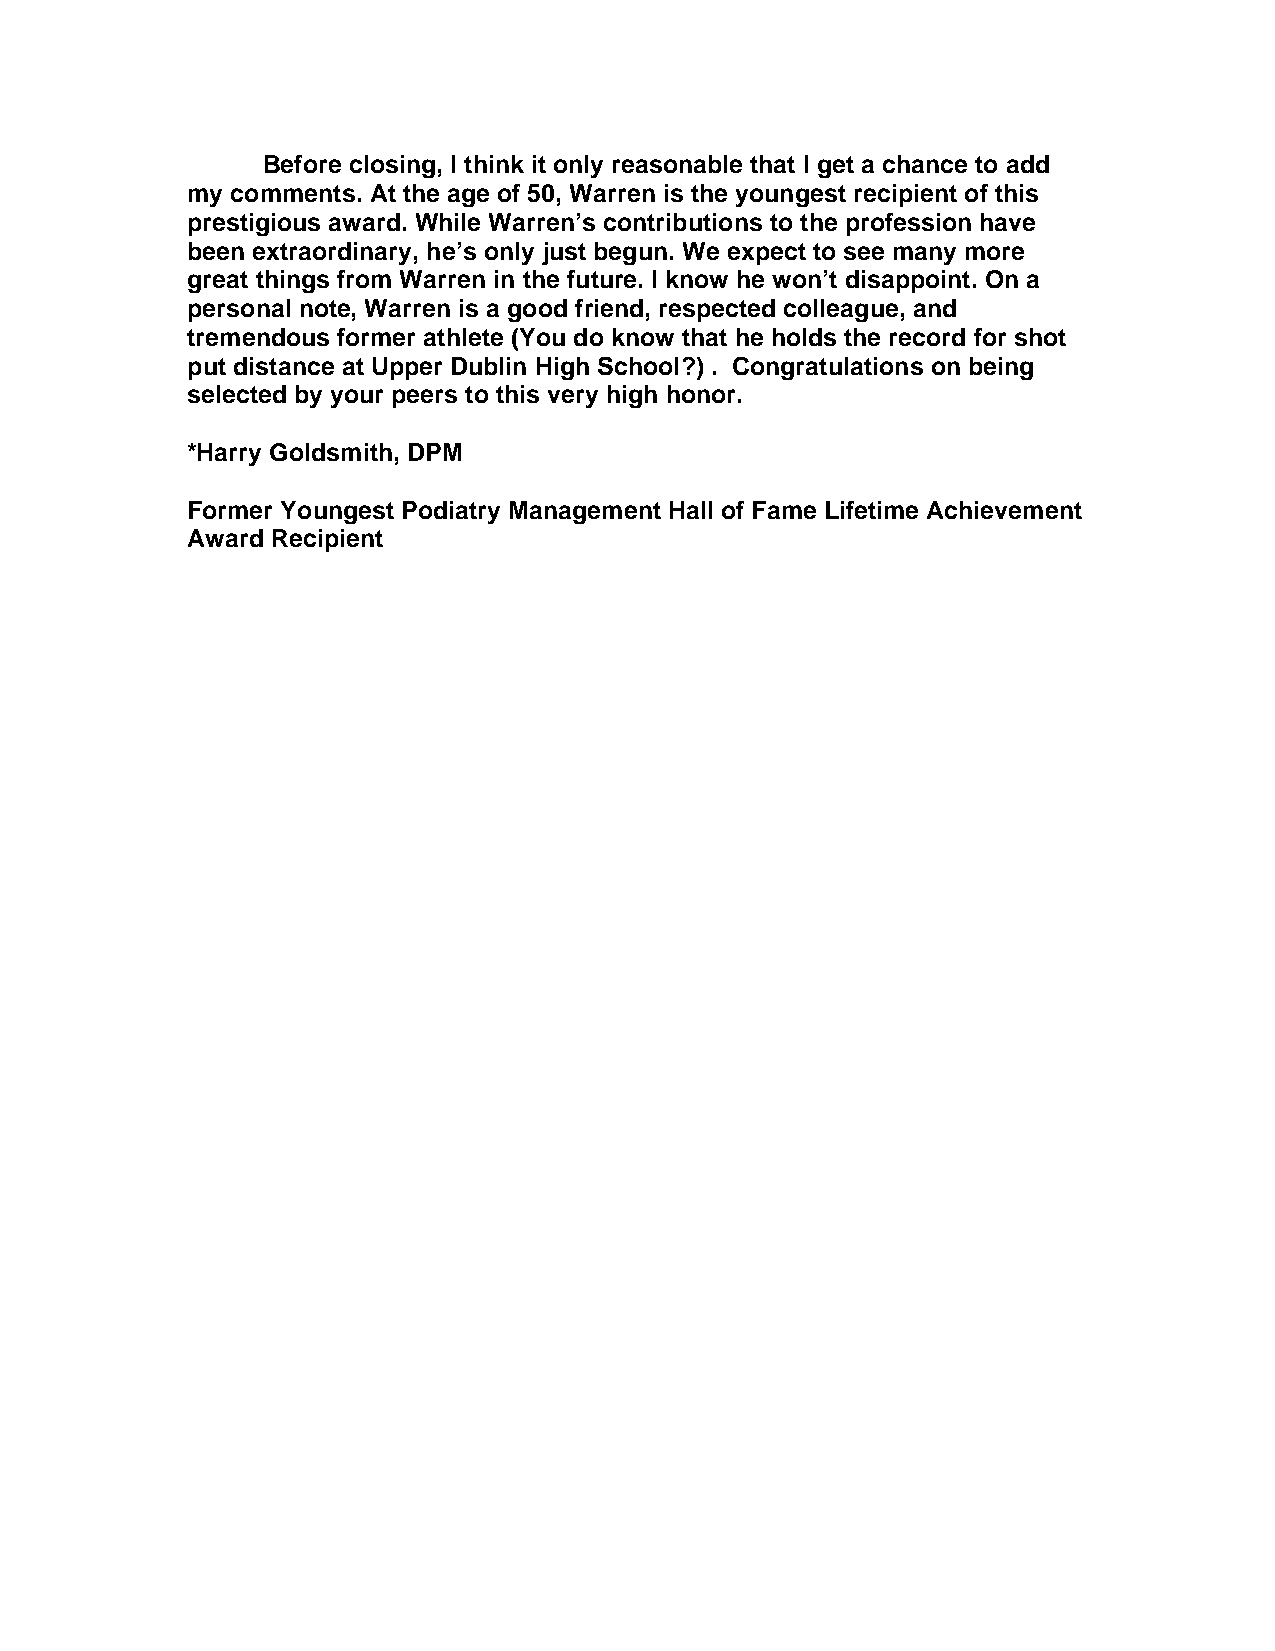
Before closing, I think it only reasonable that I get a chance to add
 my comments. At the age of 50, Warren is the youngest recipient of this
 prestigious award. While Warren’s contributions to the profession have
 been extraordinary, he’s only just begun. We expect to see many more
 great things from Warren in the future. I know he won’t disappoint. On a
 personal note, Warren is a good friend, respected colleague, and
 tremendous former athlete (You do know that he holds the record for shot
 put distance at Upper Dublin High School?) . Congratulations on being
 selected by your peers to this very high honor.
 *Harry Goldsmith, DPM
 Former Youngest Podiatry Management Hall of Fame Lifetime Achievement
 Award Recipient